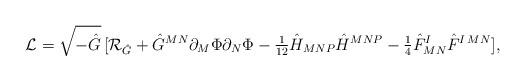
LaTeX: \begin{align*}{\cal L} = \sqrt{-\hat{G}}\,[{\cal R}_{\hat{G}} + \hat{G}^{MN}\partial_M \Phi \partial_N \Phi - {\textstyle {1\over {12}}}\hat{H}_{MNP}\hat{H}^{MNP}-{\textstyle{1\over 4}}\hat{F}^I_{MN}\hat{F}^{I\,MN}],\end{align*}